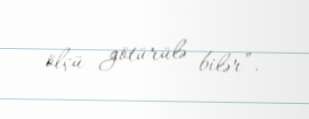
ölçü götürülə bilər”.